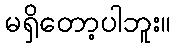
မရှိတော့ပါဘူး။